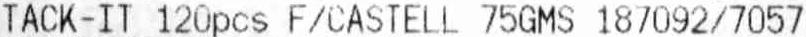
TACK-IT 120PCS F/CASTELL 75GMS 187092/7057